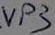
Text: VP3